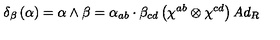
\delta _ { \beta } \left( \alpha \right) = \alpha \wedge \beta = \alpha _ { a b } \cdot \beta _ { c d } \left( \chi ^ { a b } \otimes \chi ^ { c d } \right) A d _ { R }